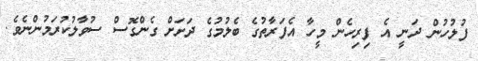
ފުލުހުން ދަނީ އެ ފިރިހެން މީހާ އެފަރާތުގެ ބެލުމުގެ ދަށަށް ގެންގޮސް ސުވާލުކުރަމުންނެވެ.